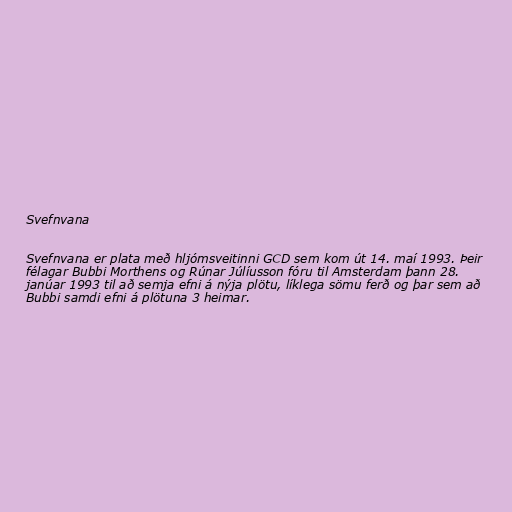
Svefnvana

Svefnvana er plata með hljómsveitinni GCD sem kom út 14. maí 1993. Þeir
félagar Bubbi Morthens og Rúnar Júlíusson fóru til Amsterdam þann 28.
janúar 1993 til að semja efni á nýja plötu, líklega sömu ferð og þar sem að
Bubbi samdi efni á plötuna 3 heimar.